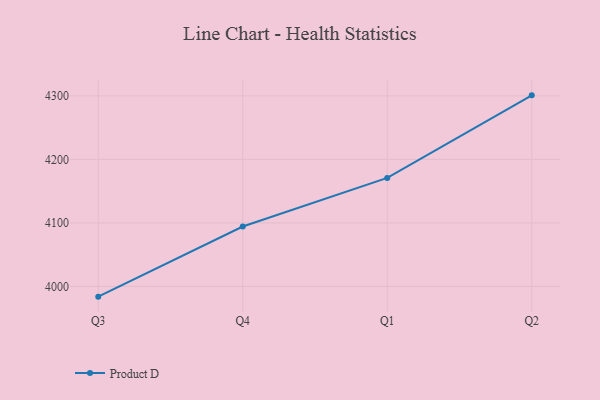
{"axis": {"x": "Quarter", "y": "Revenue (USD Million)"}, "legend": ["Product D"], "data": [{"x": "Q3", "y": 3984.0, "type": "Product D"}, {"x": "Q4", "y": 4094.4, "type": "Product D"}, {"x": "Q1", "y": 4170.8, "type": "Product D"}, {"x": "Q2", "y": 4300.8, "type": "Product D"}]}